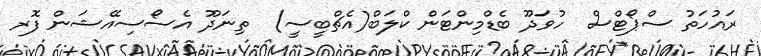
ރައުހަތު ސްޕޯޓްސް  ހުވަދޫ ބެޑްމިންޓަން ކްލަބް(އެޗްބީސީ)  ތިނަދޫ އެސޯސިއޭޝަން ފޮރ